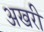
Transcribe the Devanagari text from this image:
अखरी